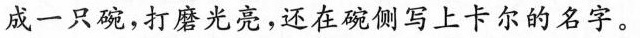
成一只碗，打磨光亮，还在碗侧写上卡尔的名字。